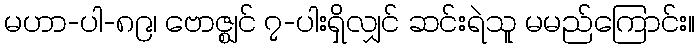
မဟာ-ပါ-၈၉၊ ဗောဇ္ဈင် ၇-ပါးရှိလျှင် ဆင်းရဲသူ မမည်ကြောင်း။